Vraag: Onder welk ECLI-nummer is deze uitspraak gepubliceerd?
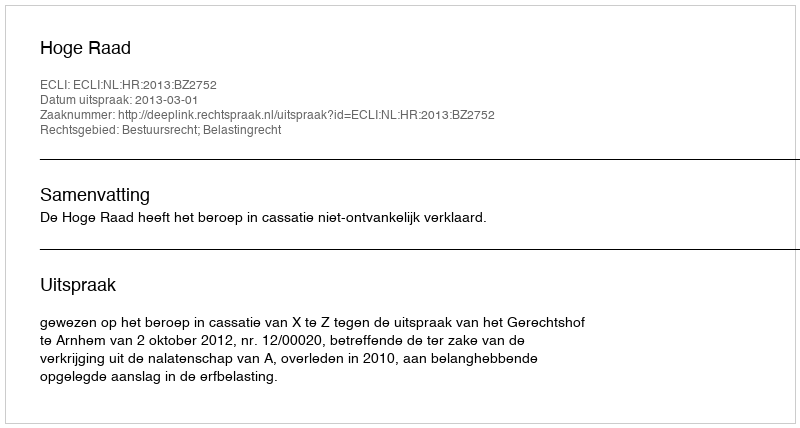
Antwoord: ECLI:NL:HR:2013:BZ2752